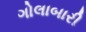
ગોલાબારી